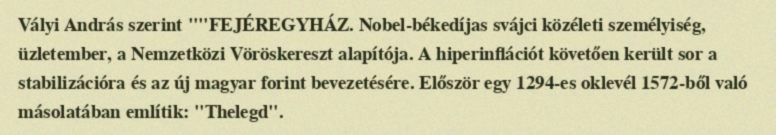
Vályi András szerint ""FEJÉREGYHÁZ. Nobel-békedíjas svájci közéleti személyiség, üzletember, a Nemzetközi Vöröskereszt alapítója. A hiperinflációt követően került sor a stabilizációra és az új magyar forint bevezetésére. Először egy 1294-es oklevél 1572-ből való másolatában említik: "Thelegd".